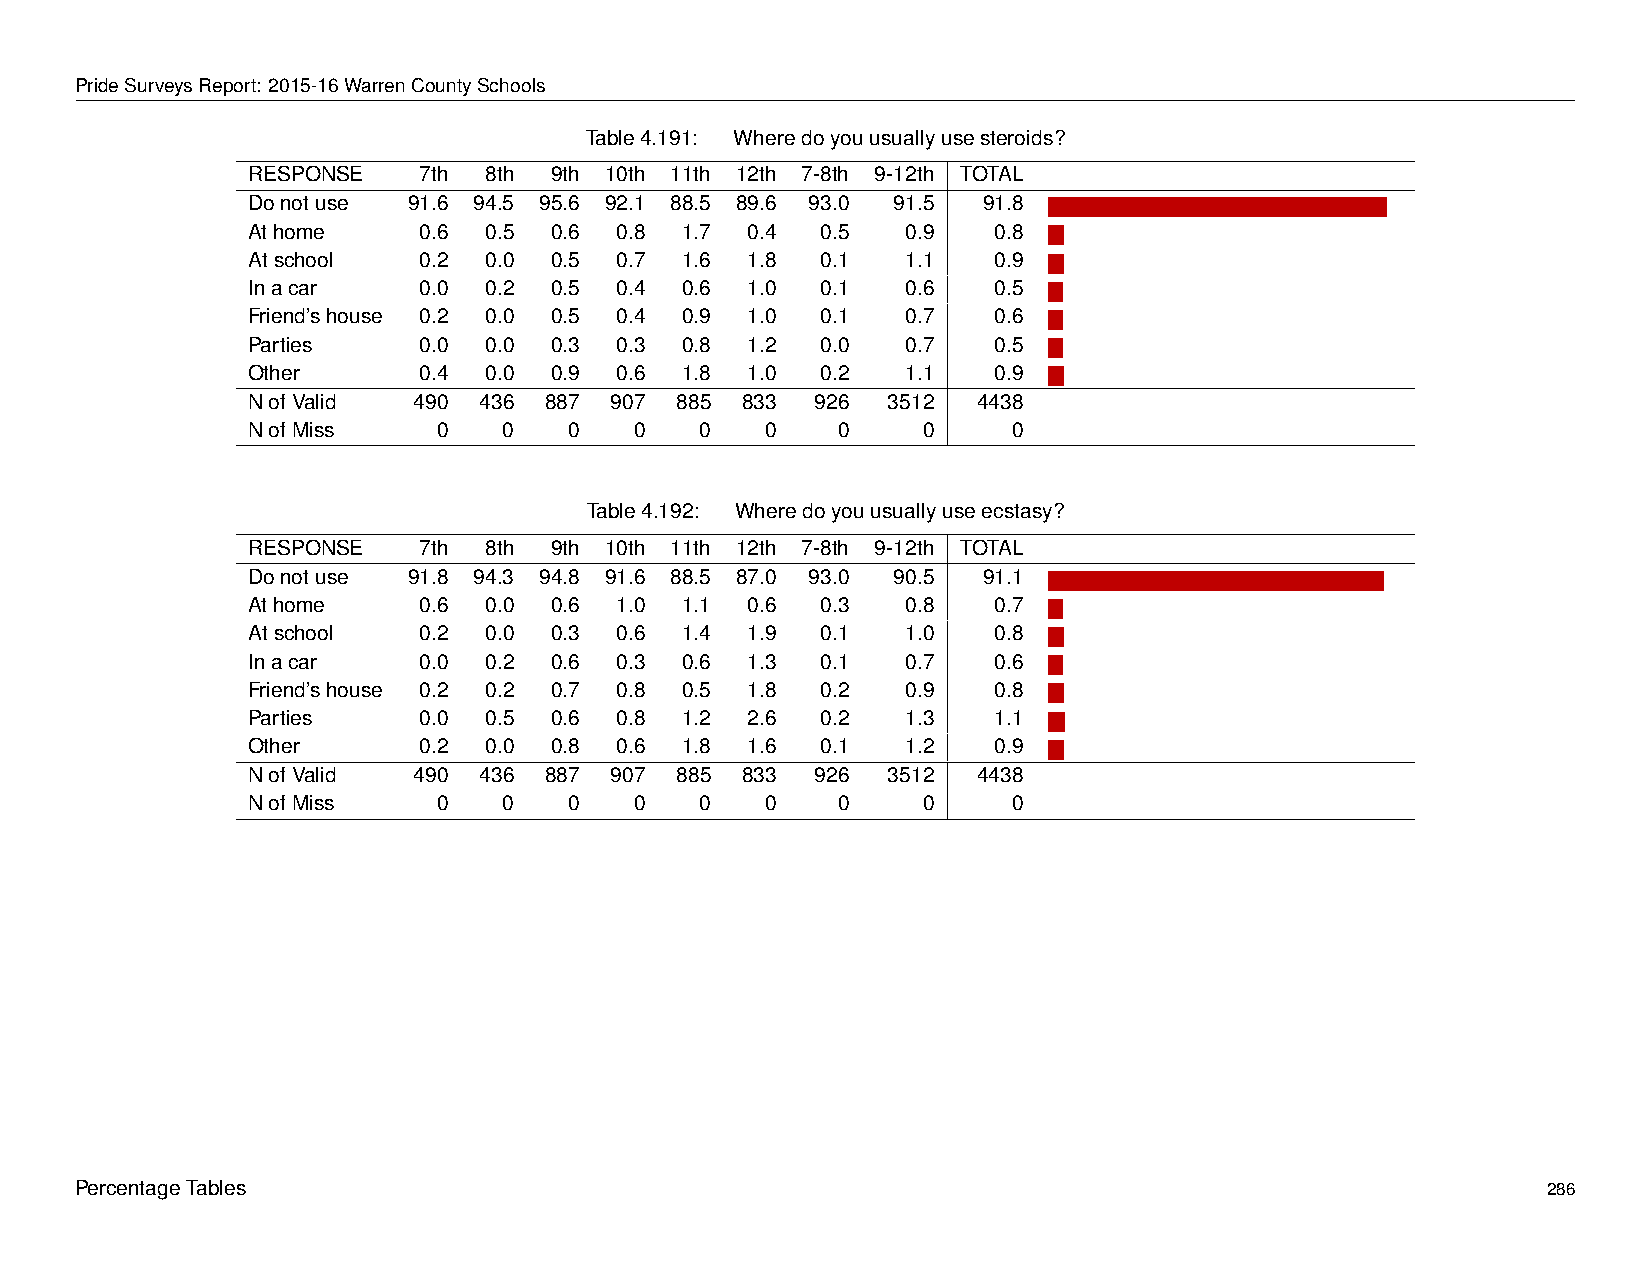
PrideSurveysReport: 2015-16WarrenCountySchools
 Table4.191: Wheredoyouusuallyusesteroids?
 RESPONSE    7th 8th 9th 10th 11th 12th 7-8th 9-12th TOTAL
 Donotuse   91.6 94.5 95.6 92.1 88.5 89.6 93.0 91.5 91.8 -
 Athome      0.6 0.5 0.6  0.8 1.7  0.4 0.5   0.9   0.8 -
 Atschool    0.2 0.0 0.5  0.7 1.6  1.8 0.1   1.1   0.9 -
 Inacar      0.0 0.2 0.5  0.4 0.6  1.0 0.1   0.6   0.5 -
 Friend’shouse 0.2 0.0 0.5 0.4 0.9 1.0 0.1   0.7   0.6 -
 Parties     0.0 0.0 0.3  0.3 0.8  1.2 0.0   0.7   0.5 -
 Other       0.4 0.0 0.9  0.6 1.8  1.0 0.2   1.1   0.9 -
 NofValid   490  436 887 907  885 833  926  3512  4438
 NofMiss      0   0    0   0   0    0   0     0     0
 Table4.192: Wheredoyouusuallyuseecstasy?
 RESPONSE    7th 8th 9th 10th 11th 12th 7-8th 9-12th TOTAL
 Donotuse   91.8 94.3 94.8 91.6 88.5 87.0 93.0 90.5 91.1 -
 Athome      0.6 0.0 0.6  1.0 1.1  0.6 0.3   0.8   0.7 -
 Atschool    0.2 0.0 0.3  0.6 1.4  1.9 0.1   1.0   0.8 -
 Inacar      0.0 0.2 0.6  0.3 0.6  1.3 0.1   0.7   0.6 -
 Friend’shouse 0.2 0.2 0.7 0.8 0.5 1.8 0.2   0.9   0.8 -
 Parties     0.0 0.5 0.6  0.8 1.2  2.6 0.2   1.3   1.1 -
 Other       0.2 0.0 0.8  0.6 1.8  1.6 0.1   1.2   0.9 -
 NofValid   490  436 887 907  885 833  926  3512  4438
 NofMiss      0   0    0   0   0    0   0     0     0
 PercentageTables                                                                                 286